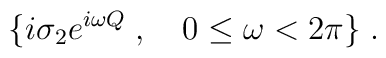
\{i\sigma_2 e^{i\omega Q}\; , \quad 0\le \omega <2\pi\}\; .